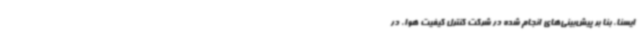
ایسنا، بنا بر پیش‌بینی‌های انجام‌ شده در شرکت کنترل کیفیت هوا، در